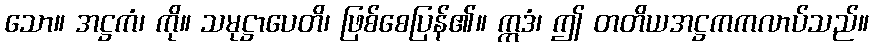
သော။ အဋ္ဌကံ၊ ကို။ သမုဋ္ဌာပေတိ၊ ဖြစ်စေပြန်၏။ ဣဒံ၊ ဤ တတိယအဋ္ဌကကလာပ်သည်။